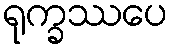
ရုက္ခဿပေ